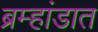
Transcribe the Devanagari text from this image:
ब्रम्हांडात